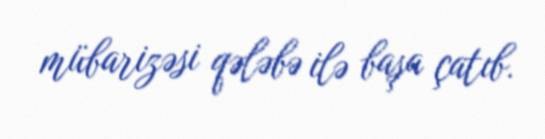
mübarizəsi qələbə ilə başa çatıb.